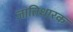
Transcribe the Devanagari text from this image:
जातिधारक